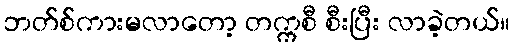
ဘတ်စ်ကားမလာတော့ တက္ကစီ စီးပြီး လာခဲ့တယ်။